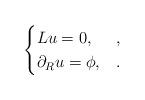
LaTeX: \begin{align*}\begin{cases}Lu=0,& ,\\\partial_R u=\phi, & .\end{cases}\end{align*}